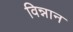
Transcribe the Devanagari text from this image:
विन्नान